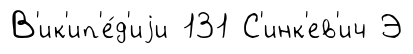
В'ик'ип'е́д'иjи 131 С'инк'ев'ич Э